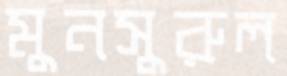
মুনসুরুল